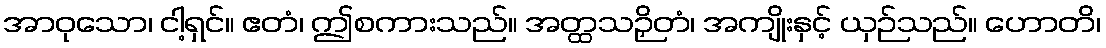
အာဝုသော၊ ငါ့ရှင်။ ဧတံ၊ ဤစကားသည်။ အတ္ထသဉှိတံ၊ အကျိုးနှင့် ယှဉ်သည်။ ဟောတိ၊